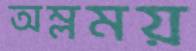
অম্লময়